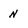
Character: n